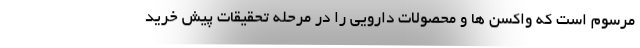
مرسوم است که واکسن ها و محصولات دارویی را در مرحله تحقیقات پیش خرید